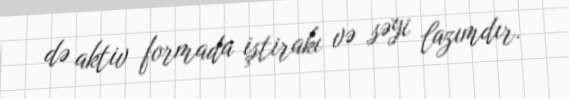
də aktiv formada iştirakı və səyi lazımdır.